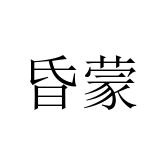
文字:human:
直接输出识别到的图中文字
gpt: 昏蒙